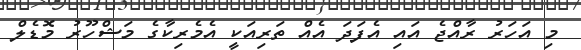
މި އަހަރު ރާއްޖެ އައި އެފަދަ އެއް ތަރިއަކީ އެމެރިކާގެ މަޝްހޫރު މޮޑެލް